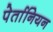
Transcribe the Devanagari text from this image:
पेर्तानियन